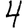
Digit: 4